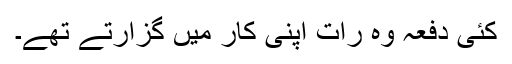
کئی دفعہ وہ رات اپنی کار میں گزارتے تھے۔